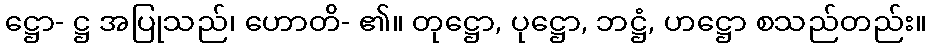
ဋ္ဌော- ဋ္ဌ အပြုသည်၊ ဟောတိ- ၏။ တုဋ္ဌော, ပုဋ္ဌော, ဘဋ္ဌံ, ဟဋ္ဌော စသည်တည်း။